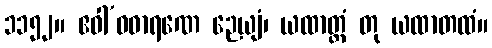
၁၁၅၂။ ဧဝါ’ဝဓာရဏေ ဉေယျံ၊ ယထာတ္တံ တု ယထာတထံ။